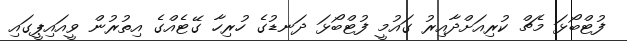
ފުޓްބޯޅަ މެޗް ކުރިއަށްދާއިރު ގައުމީ ފުޓްބޯޅަ ދަނޑުގެ ހުރިހާ ގޭޓެއްގެ އިތުރުން ވީއައިޕީގައި